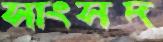
সাংসদ